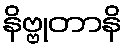
နိဗ္ဗုတာနိ